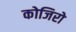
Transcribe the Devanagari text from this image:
कोजिरो